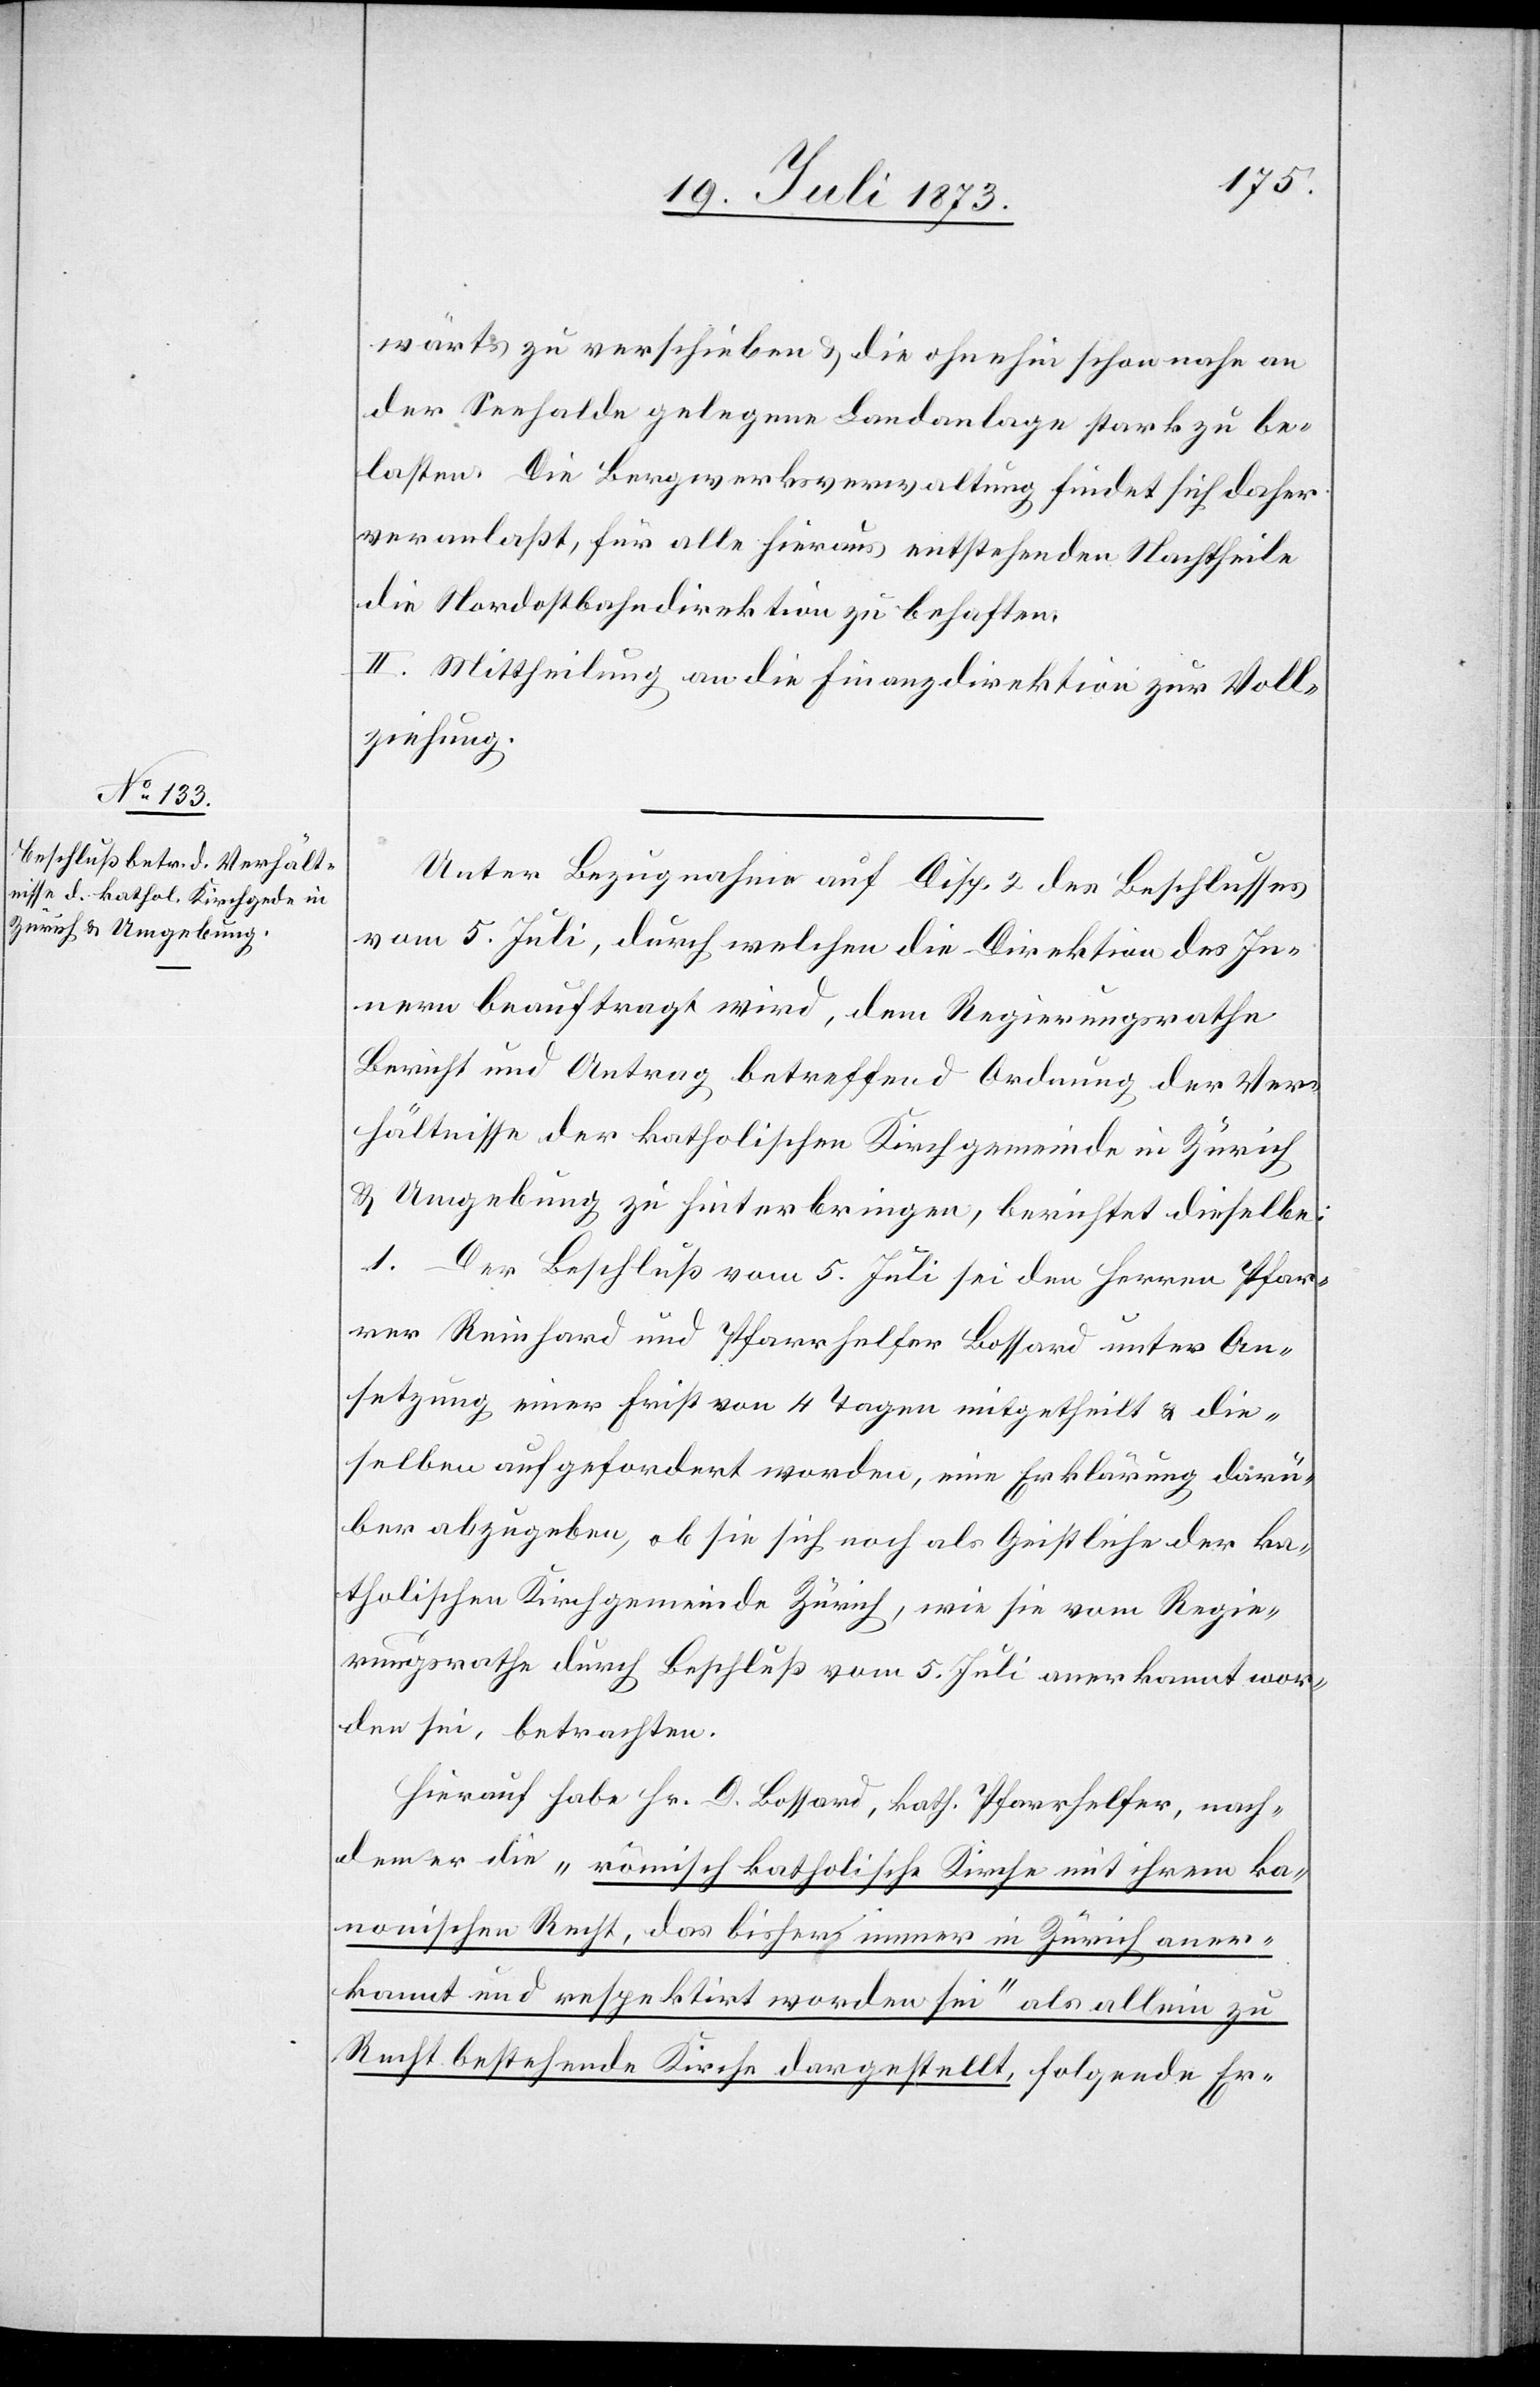
wärts zu verschieben & die ohnehin schon nahe an
der Seehalde gelegene Landanlage stark zu be¬
lasten. Die Bergwerksverwaltung findet sich daher
veranlaßt, für alle hieraus entstehenden Nachtheile
die Nordostbahndirektion zu behaften.
II. Mittheilung an die Finanzdirektion zur Voll¬
ziehung.
Unter Bezugnahme auf Disp. 2 des Beschlusses
vom 5. Juli, durch welchen die Direktion des In¬
nern beauftragt wird, dem Regierungsrathe
Bericht und Antrag betreffend Ordnung der Ver¬
hältnisse der katholischen Kirchgemeinde in Zürich
& Umgebung zu hinterbringen, berichtet dieselbe:
1. Der Beschluß vom 5. Juli sei den Herren Pfar¬
rer Reinhard und Pfarrhelfer Bossard unter An¬
setzung einer Frist von 4 Tagen mitgetheilt & die¬
selben aufgefordert worden, eine Erklärung darü¬
ber abzugeben, ob sie sich noch als Geistliche der ka¬
tholischen Kirchgemeinde Zürich, wie sie vom Regie¬
rungsrathe durch Beschluß vom 5. Juli anerkannt wor¬
den sei, betrachten.
Hierauf habe Hr. D. Bossard, kath. Pfarrhelfer, nach¬
dem er die „römisch katholische Kirche mit ihrem ka¬
nonischen Recht, das bisher immer in Zürich aner¬
kannt und respektirt worden sei“ als allein zu
Recht bestehende Kirche dargestellt, folgende Er-